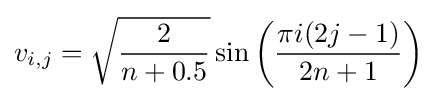
v_{i,j}={\sqrt {\frac {2}{n+0.5}}}\sin \left({\frac {\pi i(2j-1)}{2n+1}}\right)